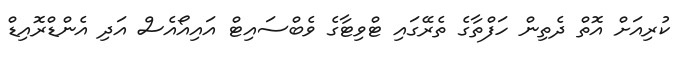
ކުރިއަށް އޮތް ދެތިން ހަފްތާގެ ތެރޭގައި ޓްވިޓާގެ ވެބްސައިޓް އައިއޯއެސް އަދި އެންޑްރޮއިޑް